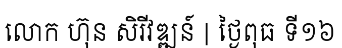
លោក ហ៊ុន សិរីវឌ្ឍន៍ | ថ្ងៃពុធ ទី១៦